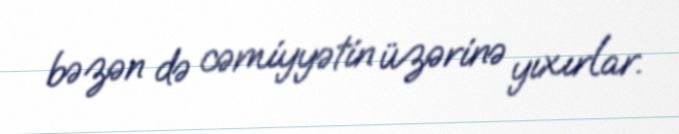
bəzən də cəmiyyətin üzərinə yıxırlar.